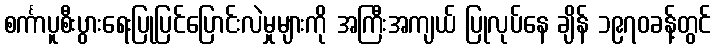
စင်္ကာပူစီးပွားရေးပြုပြင်ပြောင်းလဲမှုများကို အကြီးအကျယ် ပြုလုပ်နေ ချိန် ၁၉၇၀ခန့်တွင်